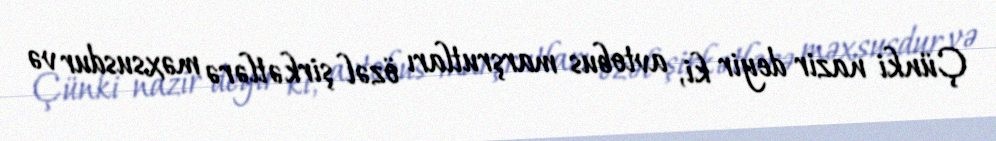
Çünki nazir deyir ki, avtobus marşrutları özəl şirkətlərə məxsusdur və